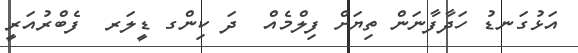
އަޅުގަނޑު ހަދާފާނަން ތިޔަށް ފިލްމެއް  ދަ ކިންގ ޑީލަރ  ފެބްރުއަރީ